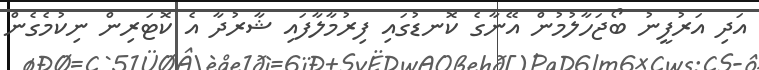
އަދި އަރުފީނު ބޯޖަހާލުމުން އޭނާގެ ކޮނޑުގައި ފިރުމާލާފައި ޝާރުދާ އެ ކޮޓަރިން ނިކުމެގެން